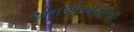
એનએએસીપી